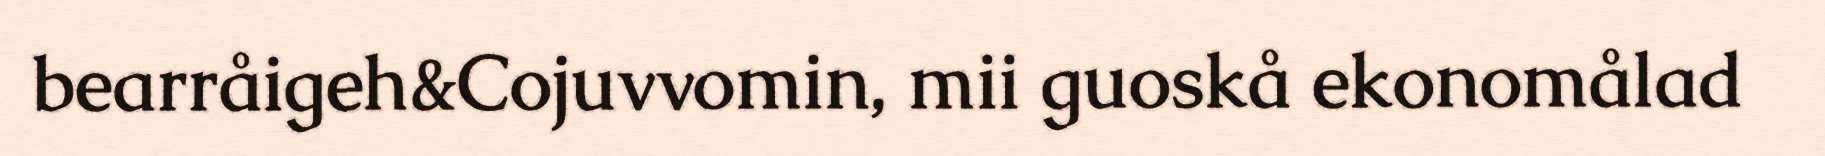
bearråigeh&Cojuvvomin, mii guoskå ekonomålad